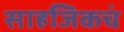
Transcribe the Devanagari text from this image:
साहजिकचं